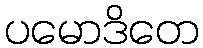
ပမောဒိတေ